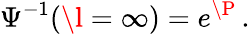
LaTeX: \Psi^{-1}(\l=\infty)=e^{\P}\, .